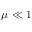
\mu \ll 1